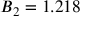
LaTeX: B _ { 2 } = 1 . 2 1 8